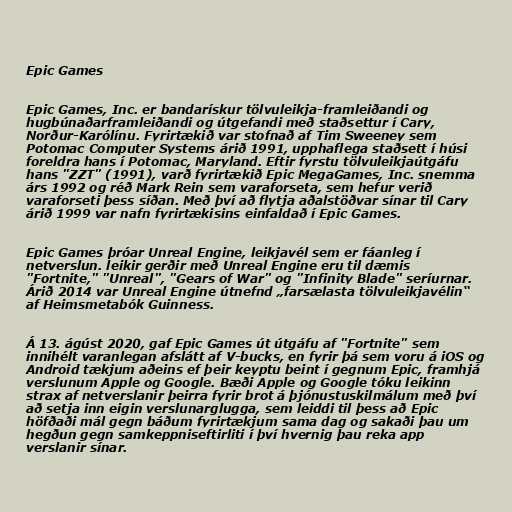
Epic Games

Epic Games, Inc. er bandarískur tölvuleikja-framleiðandi og
hugbúnaðarframleiðandi og útgefandi með staðsettur í Cary,
Norður-Karólínu. Fyrirtækið var stofnað af Tim Sweeney sem
Potomac Computer Systems árið 1991, upphaflega staðsett í húsi
foreldra hans í Potomac, Maryland. Eftir fyrstu tölvuleikjaútgáfu
hans "ZZT" (1991), varð fyrirtækið Epic MegaGames, Inc. snemma
árs 1992 og réð Mark Rein sem varaforseta, sem hefur verið
varaforseti þess síðan. Með því að flytja aðalstöðvar sínar til Cary
árið 1999 var nafn fyrirtækisins einfaldað í Epic Games.

Epic Games þróar Unreal Engine, leikjavél sem er fáanleg í
netverslun. leikir gerðir með Unreal Engine eru til dæmis
"Fortnite," "Unreal", "Gears of War" og "Infinity Blade" seríurnar.
Árið 2014 var Unreal Engine útnefnd „farsælasta tölvuleikjavélin“
af Heimsmetabók Guinness.

Á 13. ágúst 2020, gaf Epic Games út útgáfu af "Fortnite" sem
innihélt varanlegan afslátt af V-bucks, en fyrir þá sem voru á iOS og
Android tækjum aðeins ef þeir keyptu beint í gegnum Epic, framhjá
verslunum Apple og Google. Bæði Apple og Google tóku leikinn
strax af netverslanir þeirra fyrir brot á þjónustuskilmálum með því
að setja inn eigin verslunarglugga, sem leiddi til þess að Epic
höfðaði mál gegn báðum fyrirtækjum sama dag og sakaði þau um
hegðun gegn samkeppniseftirliti í því hvernig þau reka app
verslanir sínar.